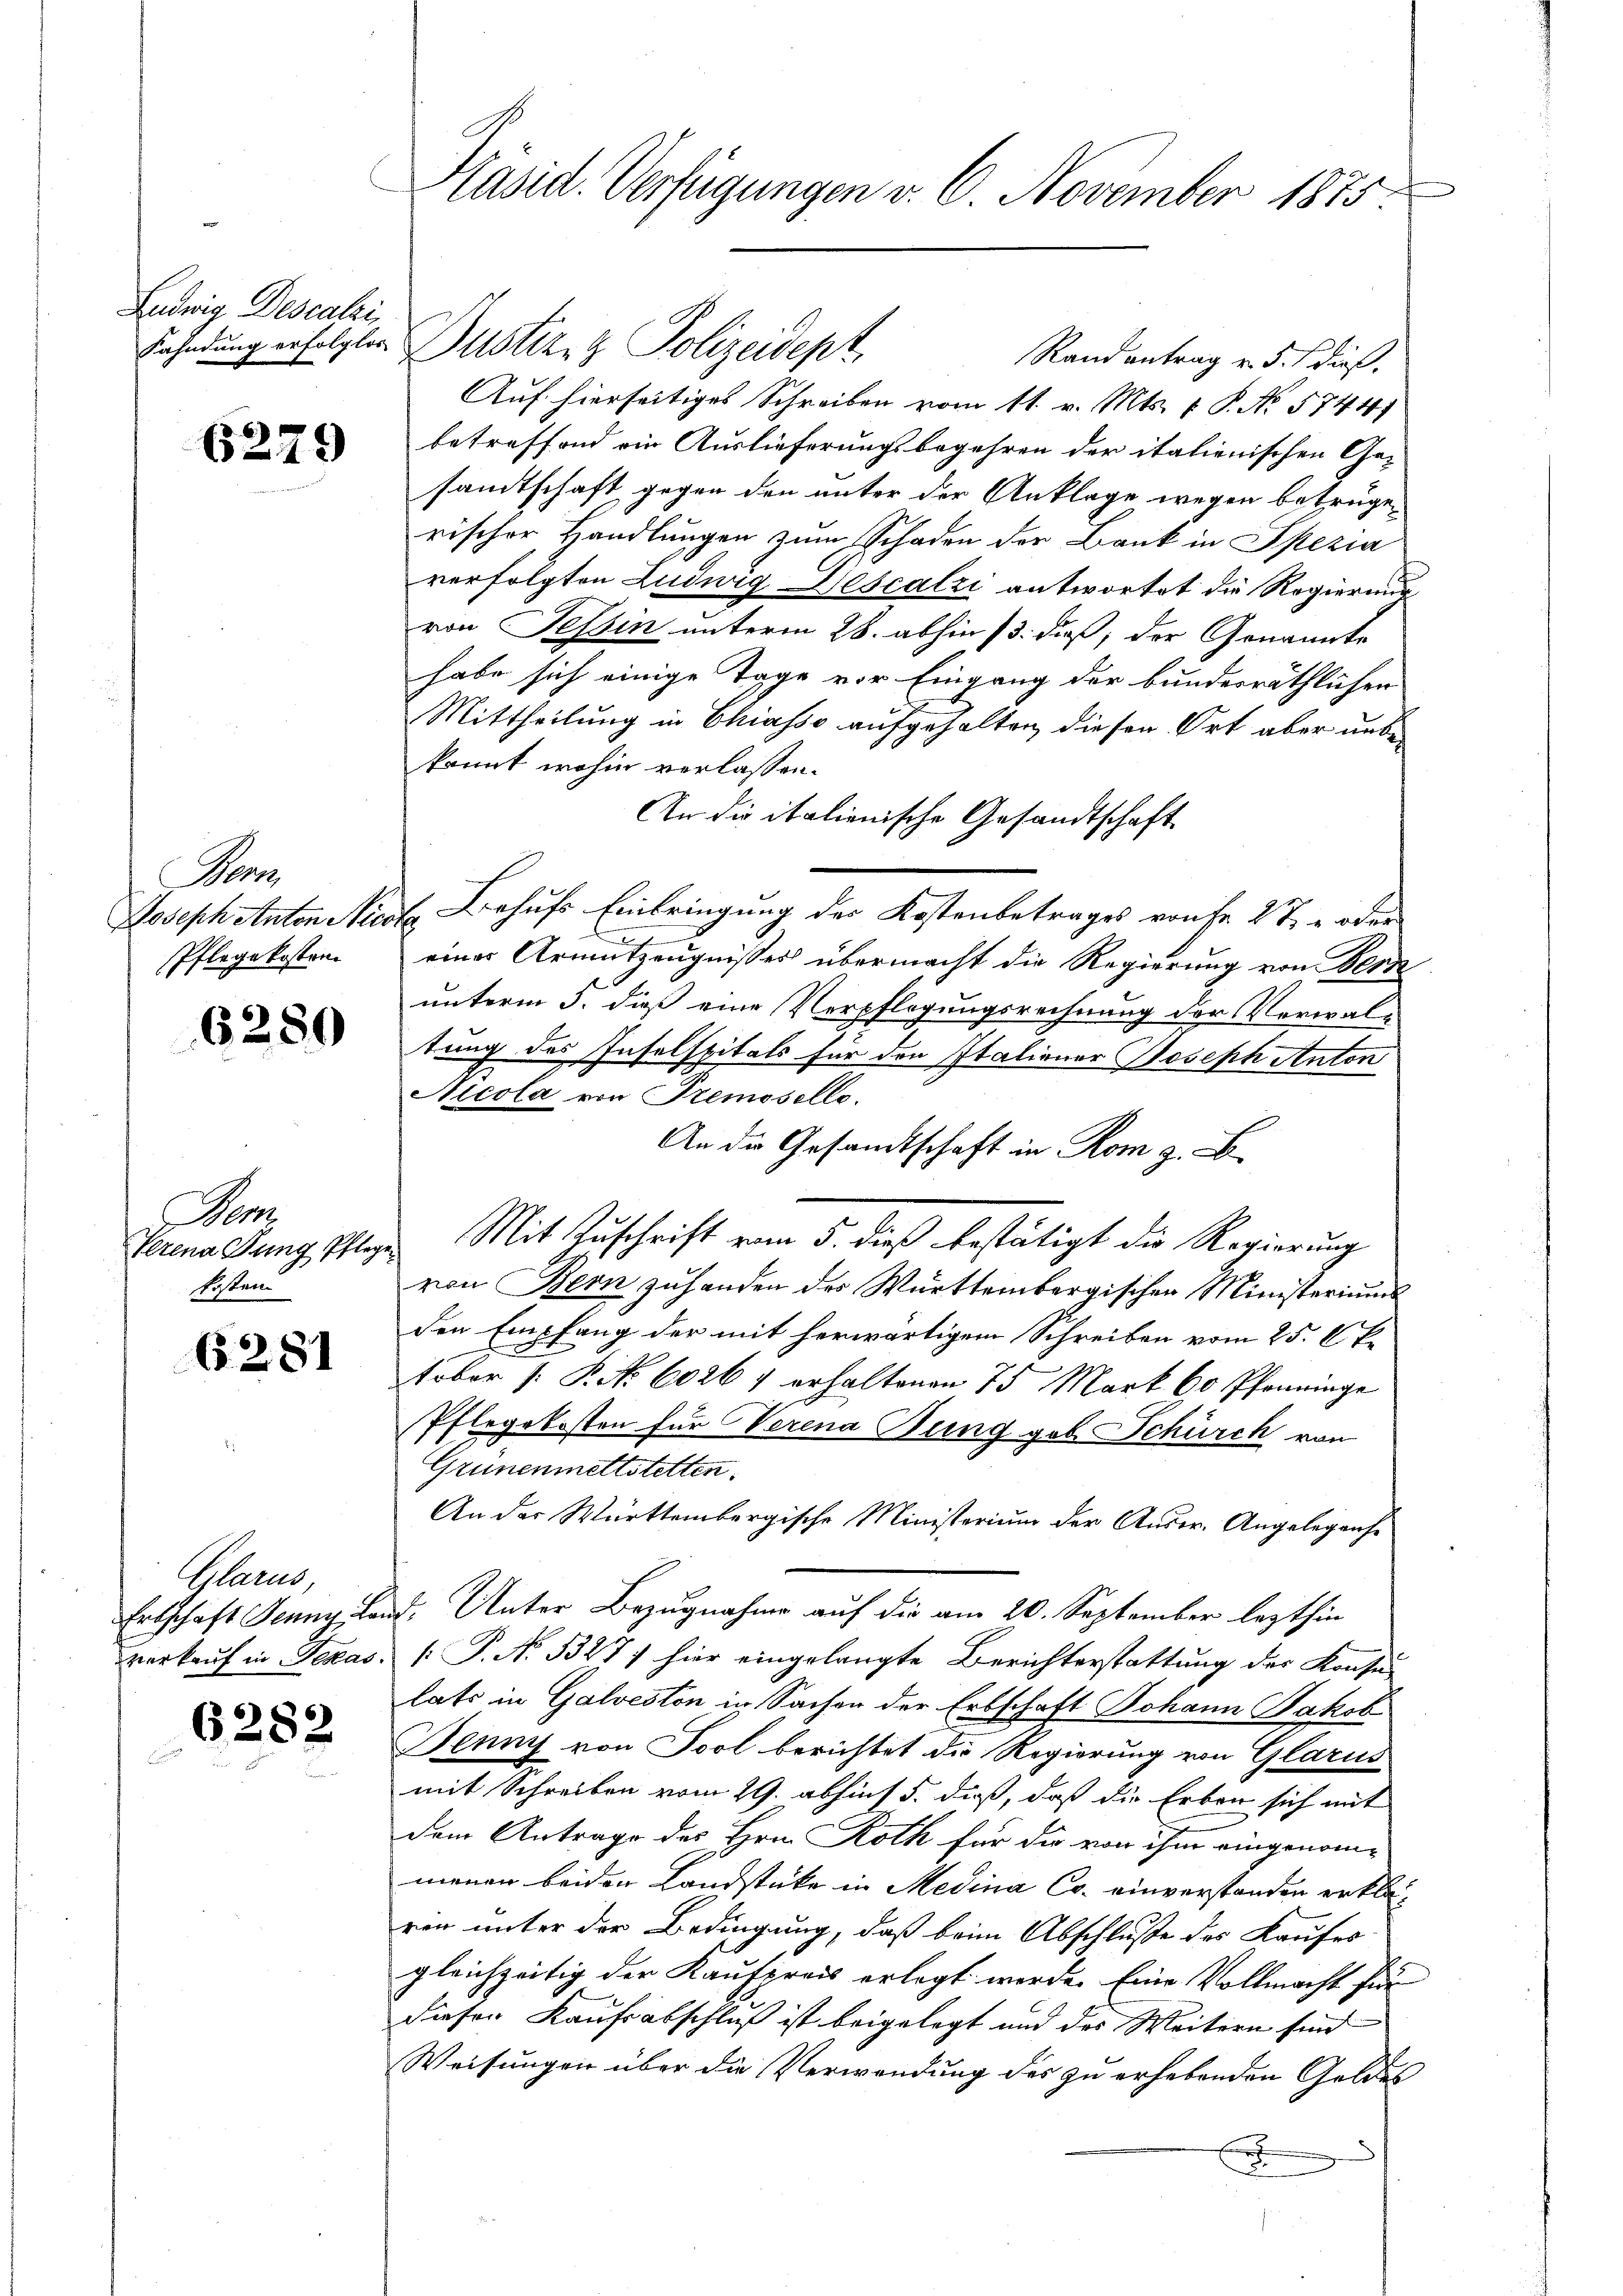
Ludwig Descalai

6279

6280

Sam
kosten

6281

Plane

6282

Präsid. Verfügungen v. 6. November 1875.

an
Pflegekosten.

Randantrag v. 5. dieß.
Auf hierseitiges Schreiben vom 11. v. Mts. 1 P. No. 5744)
betreffend ein Auslieferungsbegehren der italienischen Ge-
samtschaft gegen den unter der Anklage wegen betrügerischer Handlungen zum Schaden der Bank in Spezia
verfolgten Luduig Descalzi antwortet die Regierung
von Tessin unterm 28. abhin 13. dieß, der Genannte
habe sich einige Tage vor Eingang der bundesräthlichen
Mittheilung in Chiasso aufgehalten, diesen Ort aber unbekannt, wohin verlassen.
An die italienische Gesandtschaft
Joseph Anton Nicole Behufs Einbringung der Kostenbetrages von fr 27 - oder
eines Armutzeugnisses übermacht die Regierung von Besse
unterm 5. dieß eine Verpflegungsrechnung der Verwaltung des Insolspitals für den Italiener Joseph Anton
Nicola von Tremosello.
An die Gesandtschaft in Rom z. B.
Terena Tung Pflege Mit Zuschrift vom 5. dieß bestätigt die Regierung
von Bern zuhanden des Württembergischen Ministeriums
den Empfang der mit herwärtigem Schreiben vom 25. Oktober [ P. Nr. 60264 erhaltenen 75 Mark 60 Pfenninge
Pflegekosten für Verena Sung geb. Schürch von
Grünenmattstetten.
An der Württembergische Ministerium der Ander. Angelegense
Erbschaft Jenny land. Unter Bezugnahme auf die am 20. September lezthin
verkauf in Texas P. No 1327) hier eingelangte Berichterstattung der Konse-
lats in Galveston in Sachen der Erbschaft Johann Jakob
Benny von Sool berichtet die Regierung von Glarus
mit Schreiben vom 29. abhin 5. dieß, daß die Erben sich mit
dem Antrage des Hrn. Roth für die von ihm eingenom-
menen beider Landstücke in Medina Co. einverstanden erklärin unter der Bedingung, daß beim Abschluße des Kaufes
gleichzeitig der Kaufpreis erlegt werde. Eine Vollmacht für
dieser Kaufsabschluß ist beigelegt und des Weitern sind
Weisungen über die Verwendung des zu erhebenden Geldes
x

Fahndung erfolgter Justiz- & Polizeidept,